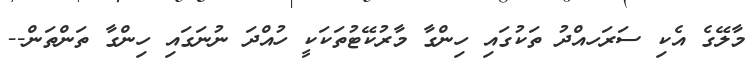
މާލޭގެ އެކި ސަރަހއްދު ތަކުގައި ހިންގާ މާރުކޭޓުތަކަކީ ހުއްދަ ނުނަގައި ހިންގާ ތަންތަން--